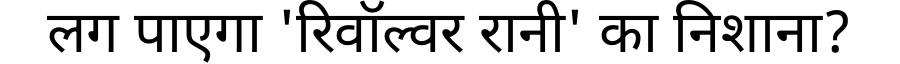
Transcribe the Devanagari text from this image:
लग पाएगा 'रिवॉल्वर रानी' का निशाना?